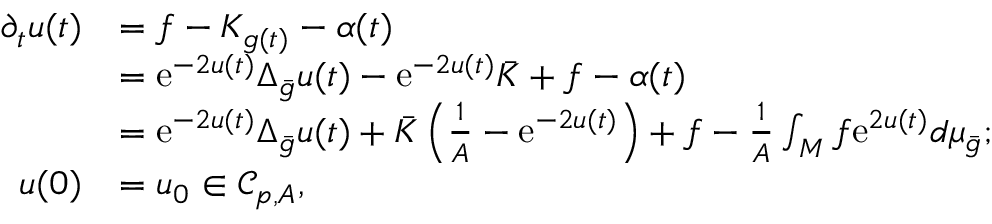
\begin{array} { r l } { \partial _ { t } u ( t ) } & { = f - K _ { g ( t ) } - \alpha ( t ) } \\ & { = \mathrm { e } ^ { - 2 u ( t ) } \Delta _ { \bar { g } } u ( t ) - \mathrm { e } ^ { - 2 u ( t ) } \bar { K } + f - \alpha ( t ) } \\ & { = \mathrm { e } ^ { - 2 u ( t ) } \Delta _ { \bar { g } } u ( t ) + \bar { K } \left( \frac 1 A - \mathrm { e } ^ { - 2 u ( t ) } \right) + f - \frac 1 A \int _ { M } f \mathrm { e } ^ { 2 u ( t ) } d \mu _ { \bar { g } } ; } \\ { u ( 0 ) } & { = u _ { 0 } \in \mathcal { C } _ { p , A } , } \end{array}